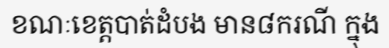
ខណៈខេត្តបាត់ដំបង មាន៨ករណី ក្នុង